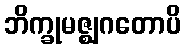
ဘိက္ခုမဇ္ဈဂတောပိ